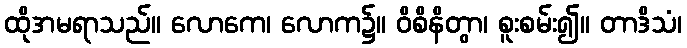
ထိုအမရာသည်။ လောကေ၊ လောက၌။ ဝိစိနိတွာ၊ စူးစမ်း၍။ တာဒိသံ၊